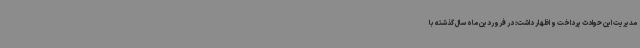
مدیریت این حوادث پرداخت و اظهار داشت: در فروردین ماه سال گذشته با